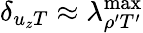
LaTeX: \delta_{{u_{z}}T}\approx\lambda_{\rho^{\prime}T^{\prime}}^{\mathrm{max}}